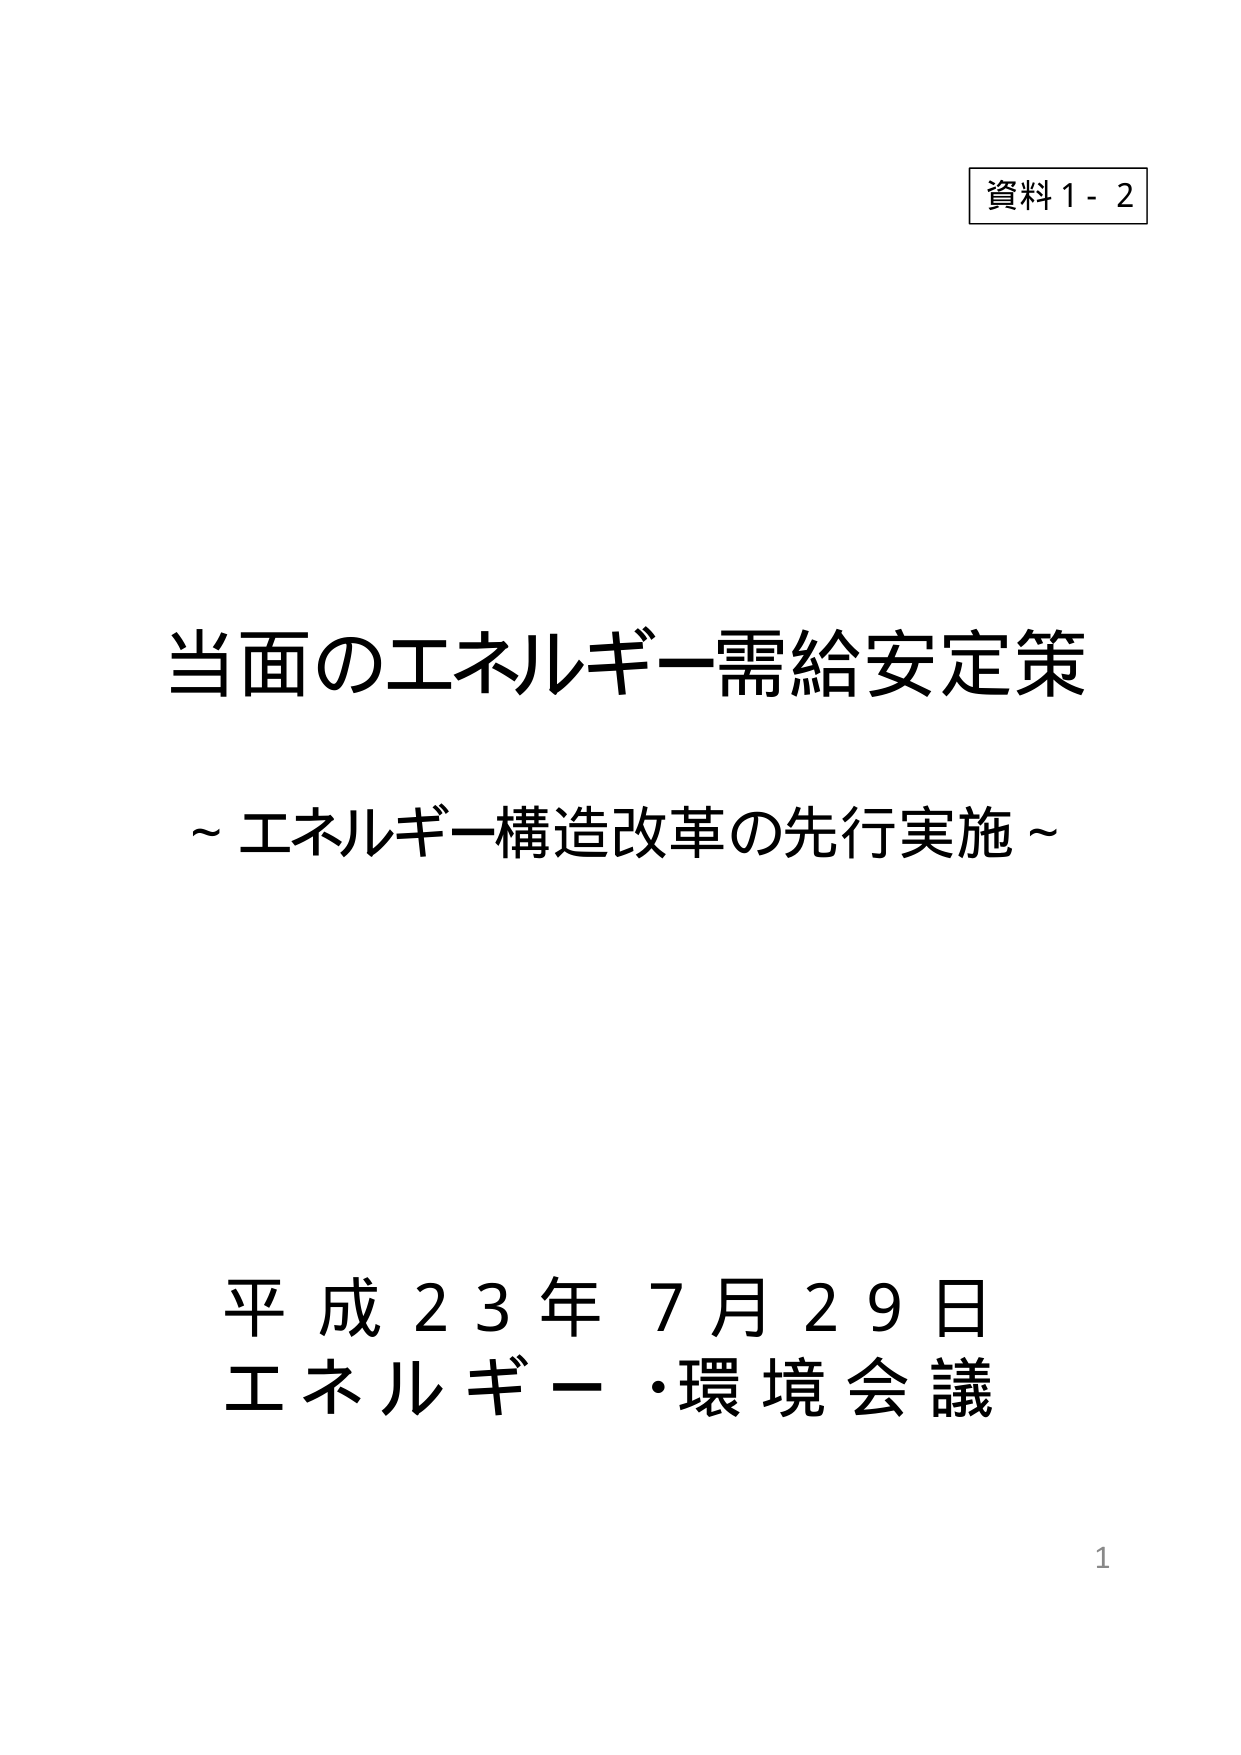
資料1-2

当面のエネルギー需給安定策
～エネルギー構造改革の先行実施～

平成23年7月29日
エネルギー・環境会議

1